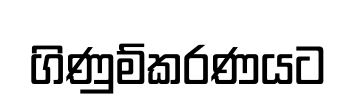
ගිණුම්කරණයට